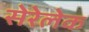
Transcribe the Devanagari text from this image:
सेरेलेक